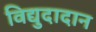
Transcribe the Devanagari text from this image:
विद्युदादान